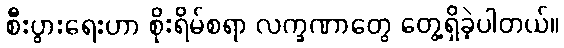
စီးပွားရေးဟာ စိုးရိမ်စရာ လက္ခဏာတွေ တွေ့ရှိခဲ့ပါတယ်။